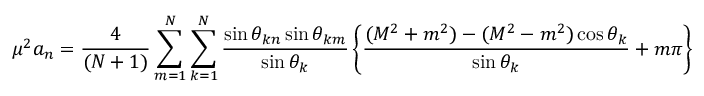
\mu ^ { 2 } a _ { n } = \frac { 4 } { ( N + 1 ) } \sum _ { m = 1 } ^ { N } \sum _ { k = 1 } ^ { N } \frac { \sin \theta _ { k n } \sin \theta _ { k m } } { \sin \theta _ { k } } \left\{ \frac { ( M ^ { 2 } + m ^ { 2 } ) - ( M ^ { 2 } - m ^ { 2 } ) \cos \theta _ { k } } { \sin \theta _ { k } } + m \pi \right\} a _ { m } .